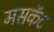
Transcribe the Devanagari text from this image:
मसकॅट